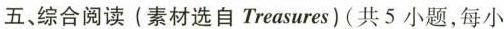
五、综合阅读(素材选自Treasures)(共5小题,每小